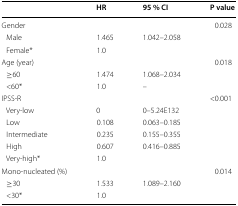
<table><thead><tr><td></td><td><b>HR</b></td><td><b>95 % CI</b></td><td><b>P value</b></td></tr></thead><tbody><tr><td>Gender</td><td></td><td></td><td>0.028</td></tr><tr><td> Male</td><td>1.465</td><td>1.042–2.058</td><td></td></tr><tr><td> Female*</td><td>1.0</td><td></td><td></td></tr><tr><td>Age (year)</td><td></td><td></td><td>0.018</td></tr><tr><td> ≥60</td><td>1.474</td><td>1.068–2.034</td><td></td></tr><tr><td> &lt;60*</td><td>1.0</td><td>–</td><td></td></tr><tr><td>IPSS-R</td><td></td><td></td><td>&lt;0.001</td></tr><tr><td> Very-low</td><td>0</td><td>0–5.24E132</td><td></td></tr><tr><td> Low</td><td>0.108</td><td>0.063–0.185</td><td></td></tr><tr><td> Intermediate</td><td>0.235</td><td>0.155–0.355</td><td></td></tr><tr><td> High</td><td>0.607</td><td>0.416–0.885</td><td></td></tr><tr><td> Very-high*</td><td>1.0</td><td></td><td></td></tr><tr><td>Mono-nucleated (%)</td><td></td><td></td><td>0.014</td></tr><tr><td> ≥30</td><td>1.533</td><td>1.089–2.160</td><td></td></tr><tr><td> &lt;30*</td><td>1.0</td><td></td><td></td></tr></tbody></table>